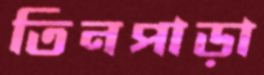
তিনপাড়া